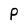
Character: P